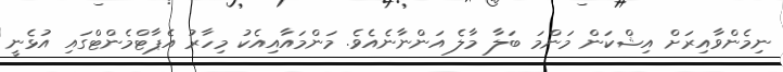
ނިމެންވާއިރަށް އިޝްކަން މަންމަ ބަލާ މާލެ އަންނާނެއެވެ. މަންމައާއިއެކު މިހާރު އެޕާޓްމެންޓްގައި އުޅެނީ